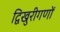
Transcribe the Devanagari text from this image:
द्विखुरीगणों